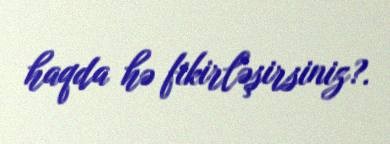
haqda hə fikirləşirsiniz?.